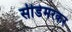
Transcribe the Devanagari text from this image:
सीडेमरकर